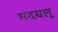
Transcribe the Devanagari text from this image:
मदबलू